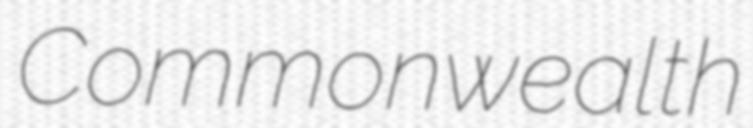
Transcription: Commonwealth